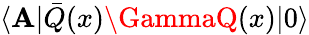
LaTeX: \langle\mathbf{A}|\bar{{Q}}(x)\GammaQ(x)|0\rangle